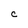
Character: C